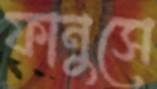
ফানুসে